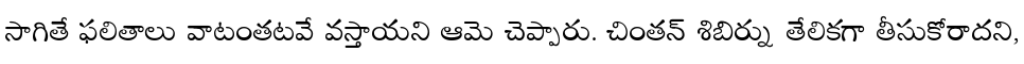
సాగితే ఫలితాలు వాటంతటవే వస్తాయని ఆమె చెప్పారు. చింతన్ శిబిర్ను తేలికగా తీసుకోరాదని,